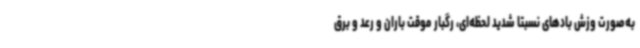
به‌صورت وزش بادهای نسبتا شدید لحظه‌ای، رگبار موقت باران و رعد و برق